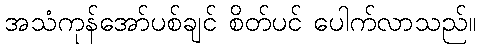
အသံကုန်အော်ပစ်ချင် စိတ်ပင် ပေါက်လာသည်။